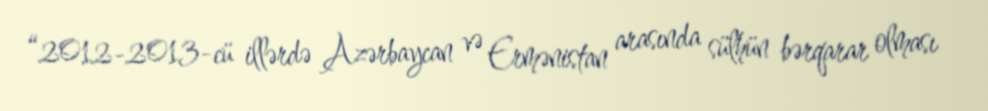
“2012-2013-cü illərdə Azərbaycan və Ermənistan arasında sülhün bərqarar olması